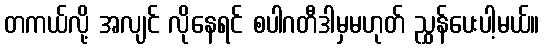
တကယ်လို့ အလျင် လိုနေရင် စပါဂတီဒါမှမဟုတ် ညွှန်ပေးပါ့မယ်။